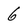
Character: 6